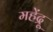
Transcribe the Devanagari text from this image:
महेंद्रू